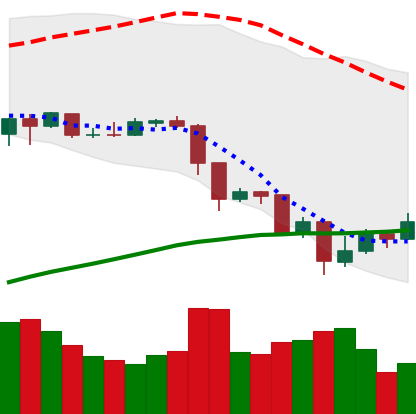
Ticker: EOS-USD
Chart end date: 2019-07-20
Forward return: 6.043%
Label: up_5_7